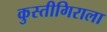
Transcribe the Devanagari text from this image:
कुस्तीगिराला